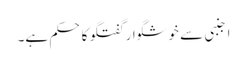
اجنبی سے خوشگوار گفتگو کا حکم ہے۔